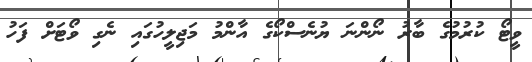
ވީޓޯ ކުރުމުގެ ބާރު ނޯންނަ ޔުނެސްކޯގެ އާންމު މަޖިލީހުގައި ނެގި ވޯޓަށް ފަހު